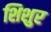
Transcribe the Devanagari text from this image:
शिशुर